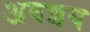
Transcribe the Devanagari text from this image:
अवशय